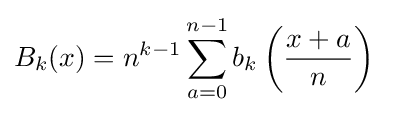
B_{k}(x)=n^{k-1}\sum _{a=0}^{n-1}b_{k}\left({\frac {x+a}{n}}\right)\